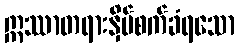
ဣဿာတရားနှိပ်စက်ခံရသော